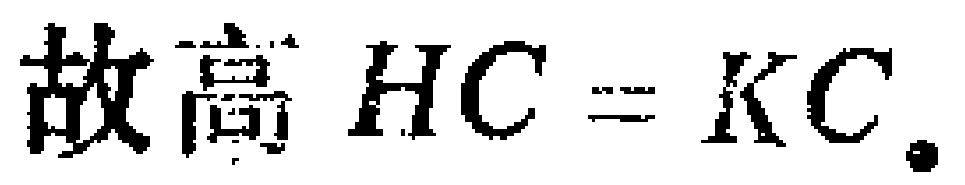
故高 \(HC = KC\).